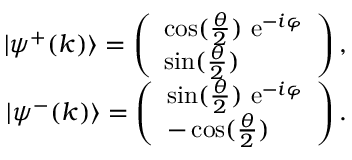
\begin{array} { r l r } & { } & { | \psi ^ { + } ( k ) \rangle = \left( \begin{array} { l } { \cos ( \frac { \theta } { 2 } ) ~ \mathrm { e } ^ { - i \varphi } } \\ { \sin ( \frac { \theta } { 2 } ) } \end{array} \right) , ~ ~ } \\ & { } & { | \psi ^ { - } ( k ) \rangle = \left( \begin{array} { l } { \sin ( \frac { \theta } { 2 } ) ~ \mathrm { e } ^ { - i \varphi } } \\ { - \cos ( \frac { \theta } { 2 } ) } \end{array} \right) . ~ ~ } \end{array}